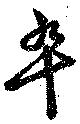
卒